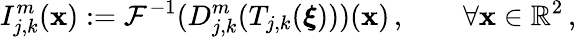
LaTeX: I_{j,k}^{m}(\boldsymbol{\mathbf{x}}):=\mathcal{{F}}^{-1}(D_{j,k}^{m}(T_{j,k}(\boldsymbol{\xi})))(\boldsymbol{\mathbf{x}})\, ,\qquad\forall\boldsymbol{\mathbf{x}}\in\mathbb{{R}}^{2}\, ,